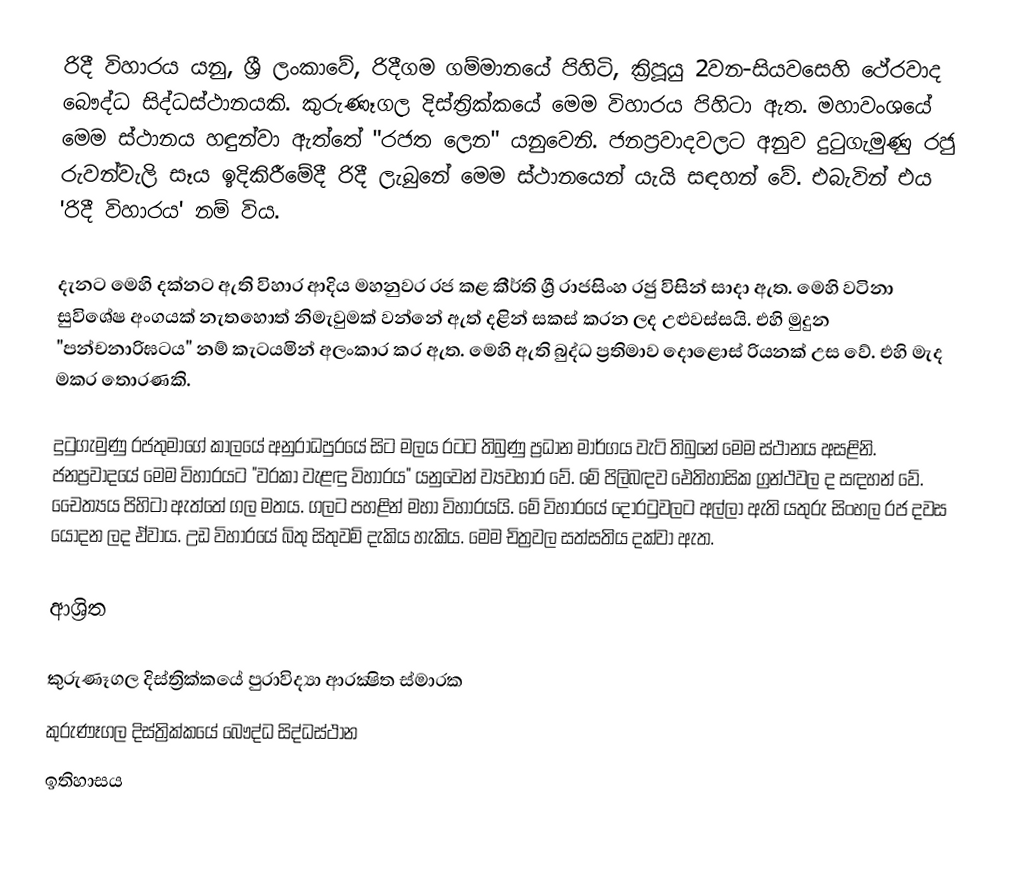
රිදී විහාරය යනු,  ශ්‍රී ලංකාවේ, රිදීගම ගම්මානයේ පිහිටි, ක්‍රිපූයු 2වන-සියවසෙහි ථේරවාද බෞද්ධ සිද්ධස්ථානයකි.  කුරුණෑගල දිස්ත්‍රික්කයේ මෙම විහාරය පිහිටා ඇත. මහාවංශයේ මෙම ස්ථානය හඳුන්වා ඇත්තේ "රජත ලෙන" යනුවෙනි. ජනප්‍රවාදවලට අනුව දුටුගැමුණු රජු රුවන්වැලි සෑය ඉදිකිරීමේදී රිදී ලැබුනේ මෙම ස්ථානයෙන් යැයි සඳහන් වේ. එබැවින් එය 'රිදී විහාරය' නම් විය.

දැනට මෙහි දක්නට ඇති විහාර ආදිය මහනුවර රජ කළ කීර්ති ශ්‍රී රාජසිංහ රජු විසින් සාදා ඇත. මෙහි වටිනා සුවිශේෂ අංගයක් නැතහොත් නිමැවුමක් වන්නේ ඇත් දළින් සකස් කරන ලද උළුවස්සයි. එහි මුදුන "පන්චනාරිඝටය" නම් කැටයමින් අලංකාර කර ඇත. මෙහි ඇති බුද්ධ ප්‍රතිමාව දොළොස් රියනක් උස වේ. එහි මැද මකර තොරණකි.

දුටුගැමුණු රජතුමාගේ කාලයේ අනුරාධපුරයේ සිට මලය රටට තිබුණු ප්‍රධාන මාර්ගය වැටි තිබුනේ මෙම ස්ථානය අසළිනි. ජනප්‍රවාදයේ මෙම විහාරයට "වරකා වැළඳු විහාරය" යනුවෙන් ව්‍යවහාර වේ. මේ පිලිබඳව ඓතිහාසික ග්‍රන්ථවල ද සඳහන් වේ. චෛත්‍යය පිහිටා ඇත්තේ ගල මතය. ගලට පහළින් මහා විහාරයයි. මේ විහාරයේ දොරටුවලට අල්ලා ඇති යතුරු සිංහල රජ දවස යොදන ලද ඒවාය. උඩ විහාරයේ බිතු සිතුවම් දැකිය හැකිය. මෙම චිත්‍රවල සත්සතිය දක්වා ඇත.

ආශ්‍රිත

කුරුණෑගල දිස්ත්‍රික්කයේ පුරාවිද්‍යා ආරක්‍ෂිත ස්මාරක
කුරුණෑගල දිස්ත්‍රික්කයේ බෞද්ධ සිද්ධස්ථාන
ඉතිහාසය